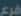
فرع